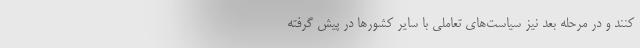
کنند و در مرحله بعد نیز سیاست‌های تعاملی با سایر کشورها در پیش گرفته